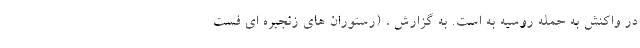
در واکنش به حمله روسیه به است. به گزارش ، (رستوران های زنجیره ای فست